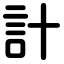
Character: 計